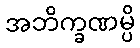
အဘိက္ခဏမ္ပိ